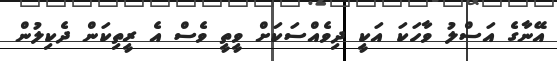
އޭނާގެ އަސްލު ވާހަކަ އަކީ ދިވެއްސަކަށް ވީތީ ވެސް އެ ރީތިކަން ދެކިލުން